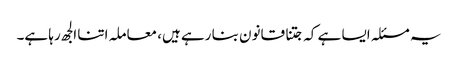
یہ مسئلہ ایسا ہے کہ جتنا قانون بنا رہے ہیں، معاملہ اتنا الجھ رہا ہے۔